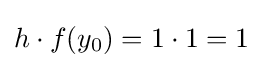
h\cdot f(y_{0})=1\cdot 1=1